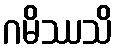
ဂမိဿသိ